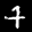
Label: 7